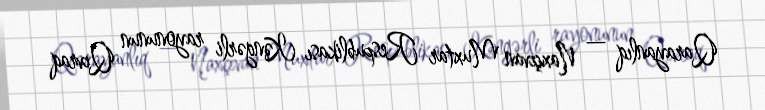
Qarayanlıq — Naxçıvan Muxtar Respublikası Kəngərli rayonunun Qıvraq